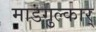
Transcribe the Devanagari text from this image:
माडगुल्कार्